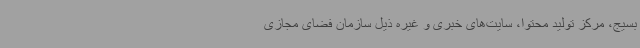
بسیج، مرکز تولید محتوا، سایت‌های خبری و غیره ذیل سازمان فضای مجازی